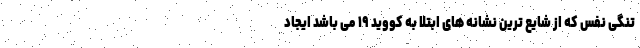
تنگی نفس که از شایع ترین نشانه های ابتلا به کووید ۱۹ می باشد ایجاد